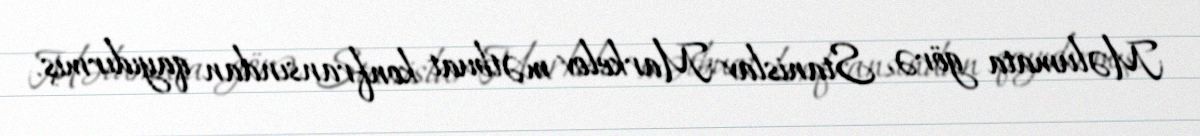
Məlumata görə, Stanislav Markelov mətbuat konfransından qayıdırmış.